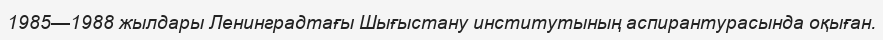
1985—1988 жылдары Ленинградтағы Шығыстану институтының аспирантурасында оқыған.